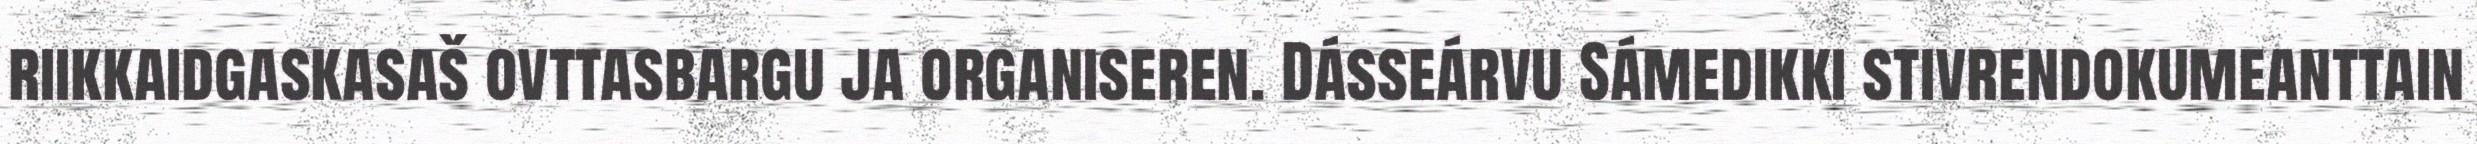
riikkaidgaskasaš ovttasbargu ja organiseren. Dásseárvu Sámedikki stivrendokumeanttain